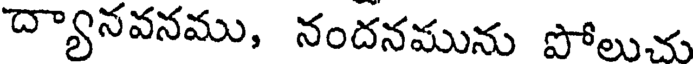
ద్యానవనము, నందనమును పోలుచు